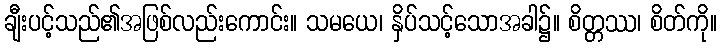
ချီးပင့်သည်၏အဖြစ်လည်းကောင်း။ သမယေ၊ နှိပ်သင့်သောအခါ၌။ စိတ္တဿ၊ စိတ်ကို။